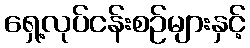
ရှေ့လုပ်ငန်းစဉ်များနှင့်